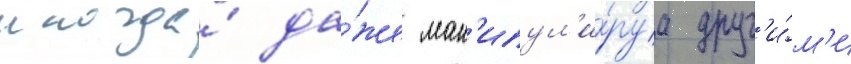
иногда́ да́же ман'ипул'и́руа друг'и́м'и